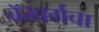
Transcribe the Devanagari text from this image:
बॅम्बर्गचा